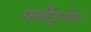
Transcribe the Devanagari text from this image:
गर्लीट्जेन